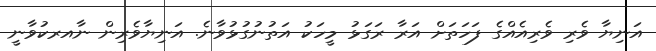
އަނިޔާ ވެރި ވެރިއެއްގެ ފަހަތަށް އަރާ ރަގަޅު މީހަކު އަތުނުގުޅުވާނެ. އަނިޔާވެރިން ނާއރކުވާނީ